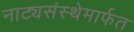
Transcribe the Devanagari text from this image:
नाट्यसंस्थेमार्फत